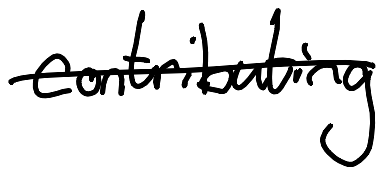
Text: contributing
Cross-out: single-line
Writing tool: digital_black